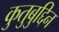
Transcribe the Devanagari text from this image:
कुतुबुद्दिन